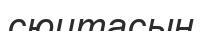
сюитасын